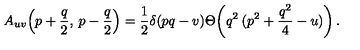
A _ { u v } \! \left( p + \frac { q } { 2 } , \: p - \frac { q } { 2 } \right) = \frac { 1 } { 2 } \delta ( p q - v ) \Theta \! \left( q ^ { 2 } \: ( p ^ { 2 } + \frac { q ^ { 2 } } { 4 } - u ) \right) .